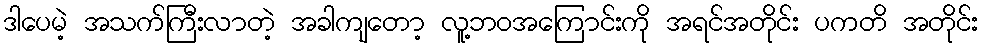
ဒါပေမဲ့ အသက်ကြီးလာတဲ့ အခါကျတော့ လူ့ဘဝအကြောင်းကို အရင်အတိုင်း ပကတိ အတိုင်း